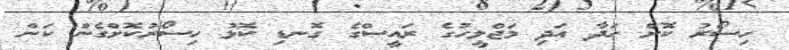
ހިސޯރު ކޮށް ހަދާ އަދި މަޖްލީހުގެ ރައީސްގެ ގޮނޑި ކޮޅު ހިސޯރުކޮށްގެން ކަން